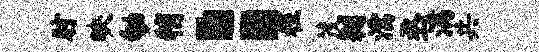
肘映劬稍：程茂翱濡丞满共